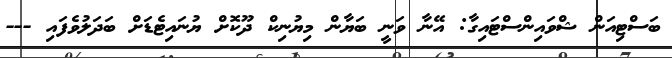
ބަސްޓިއަން ޝްވައިންސްޓައިގާ: އޭނާ ވަނީ ބަޔާން މިޔުނިކް ދޫކޮށް ޔުނައިޓެޑަށް ބަދަލުވެފައި ---